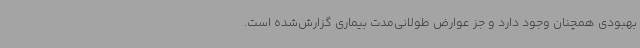
بهبودی همچنان وجود دارد و جز عوارض طولانی‌مدت بیماری گزارش‌شده است.